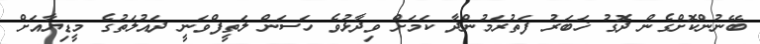
ބޭނުންކޮށްގެން ދޮގު ޚަބަރު ފަތުރަމުންދާ ކަމަށް ވިދާޅުވެ ހަސަން ލަތީފްވަނީ ދައުލަތުގެ މީޑިޔާއަށް